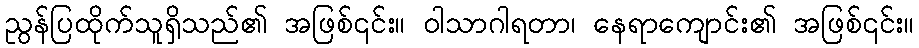
ညွန်ပြထိုက်သူရှိသည်၏ အဖြစ်၎င်း။ ဝါသာဂါရတာ၊ နေရာကျောင်း၏ အဖြစ်၎င်း။